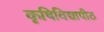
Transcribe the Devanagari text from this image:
कृषिविद्यापीठ